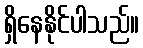
ရှိနေနိုင်ပါသည်။